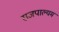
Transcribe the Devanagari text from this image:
राजपाल्यम